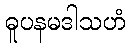
ဓူပနမဒါသဟံ